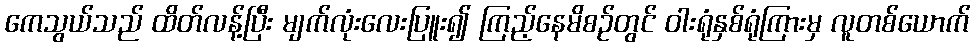
ကေသွယ်သည် ထိတ်လန့်ပြီး မျက်လုံးလေးပြူး၍ ကြည့်နေမိစဉ်တွင် ဝါးရုံနှစ်ရုံကြားမှ လူတစ်ယောက်